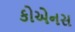
કોએનસ